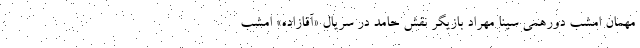
مهمان امشب دورهمی سینا مهراد بازیگر نقش حامد در سریال «آقازاده» امشب